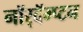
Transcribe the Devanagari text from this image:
नॉर्‌दॅम्प्टन